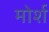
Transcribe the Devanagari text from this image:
मोर्श